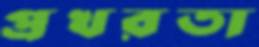
প্রখরতা